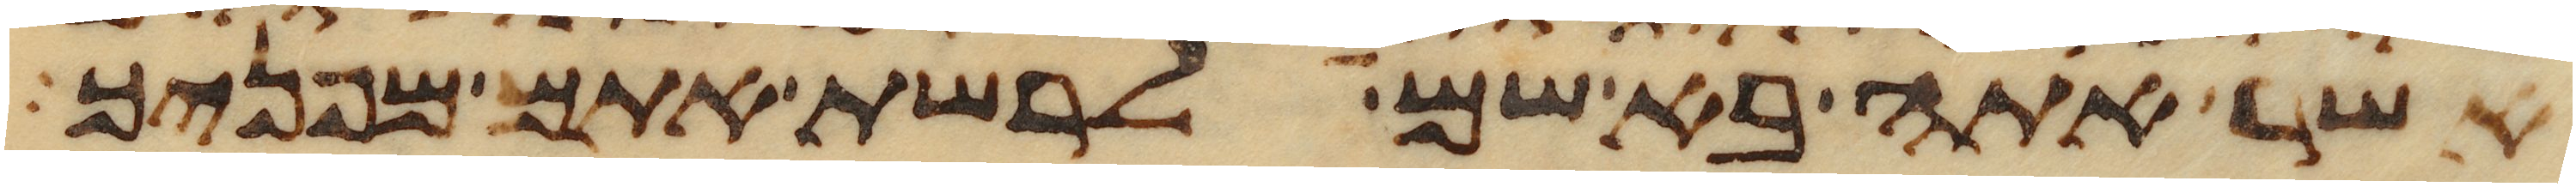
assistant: אשר אתה בא שם לרשת אתם מפניך